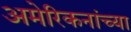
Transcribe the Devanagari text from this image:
अमेरिकनांच्या